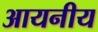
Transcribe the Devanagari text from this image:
आयनीय